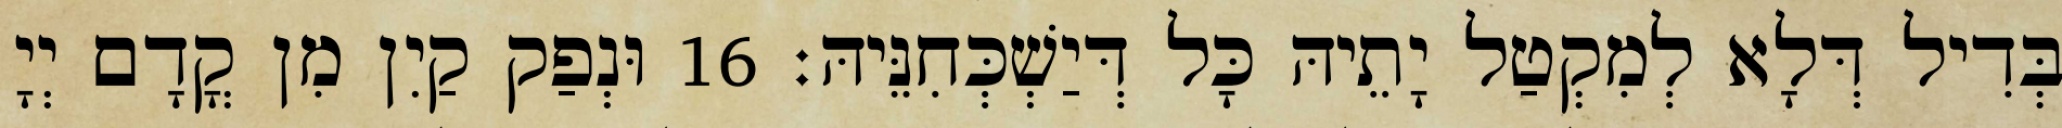
בְּדִיל דְּלָא לְמִקְטַל יָתֵיהּ כָּל דְּיַשְׁכְּחִנֵּיהּ׃ 16 וּנְפַק קַיִן מִן קֳדָם יְיָ